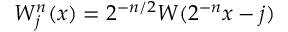
W _ { j } ^ { n } ( x ) = 2 ^ { - n / 2 } W ( 2 ^ { - n } x - j )